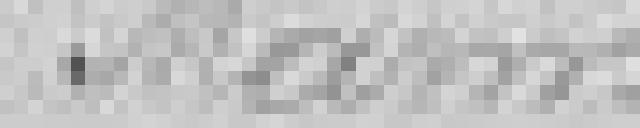
Marm